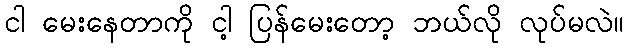
ငါ မေးနေတာကို ငါ့ ပြန်မေးတော့ ဘယ်လို လုပ်မလဲ။